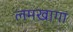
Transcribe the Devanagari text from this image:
लमखागा